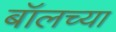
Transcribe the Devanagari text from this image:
बॉलच्या